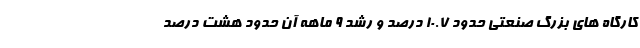
کارگاه های بزرگ صنعتی حدود ۱۰.۷ درصد و رشد ۹ ماهه آن حدود هشت درصد